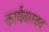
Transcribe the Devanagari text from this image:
कार्यवास्तव